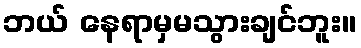
ဘယ် နေရာမှမသွားချင်ဘူး။